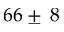
6 6 \pm \: 8